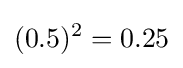
(0.5)^{2}=0.25